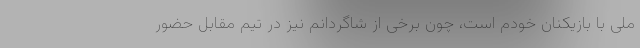
ملی با بازیکنان خودم است، چون برخی از شاگردانم نیز در تیم مقابل حضور